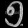
Digit: ၅